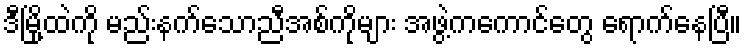
ဒီမြို့ထဲကို မည်းနက်သောညီအစ်ကိုများ အဖွဲ့ကကောင်တွေ ရောက်နေပြီ။